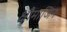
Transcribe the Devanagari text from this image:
क्षौमाजिन